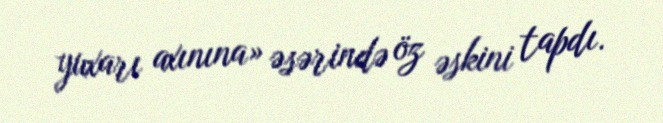
yuxarı axınına» əsərində öz əskini tapdı.